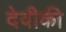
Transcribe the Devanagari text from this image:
देवीकी